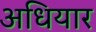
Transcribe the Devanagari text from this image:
अधियार